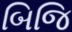
બિજિ